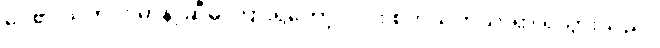
ဝေ၏ သတင်း မာနာ့ဆီမှ ကြားရတော့ လင်း စိတ်သက်သာရာ ရသွားသည်။